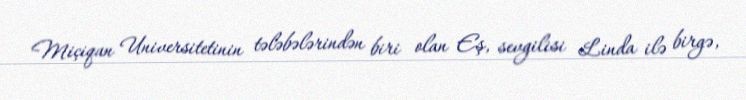
Miçiqan Universitetinin tələbələrindən biri olan Eş, sevgilisi Linda ilə birgə,